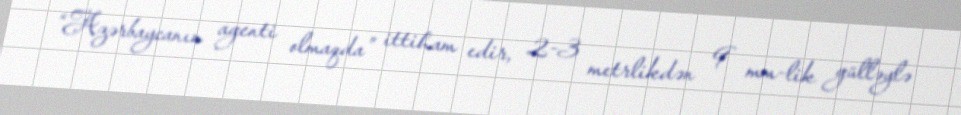
“Azərbaycanın agenti olmaqda” ittiham edir, 2-3 metrlikdən 9 mm-lik gülləylə